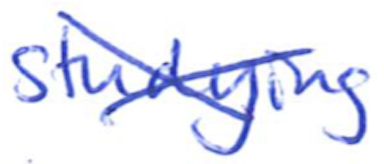
Text: studying
Cross-out: cross
Writing tool: ballpoint